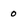
Character: o